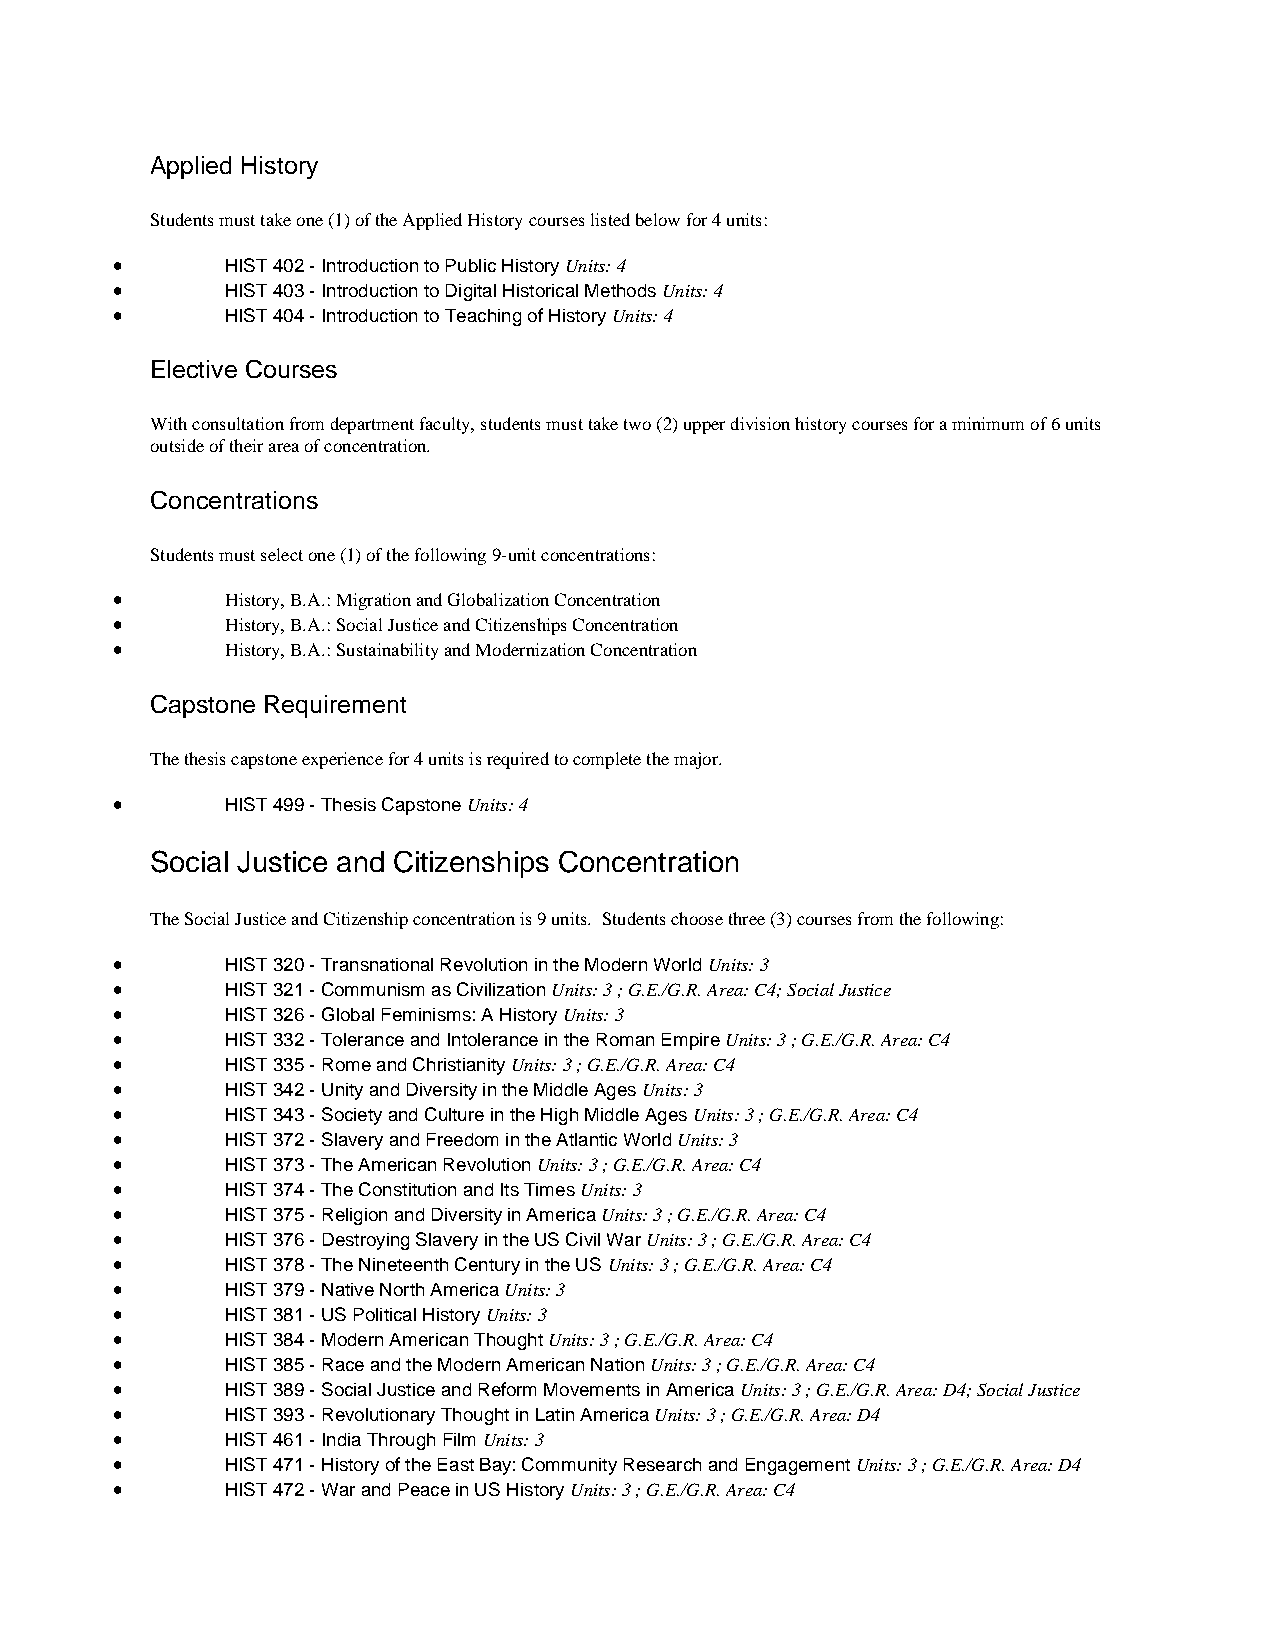
Applied History
 Students must take one (1) of the Applied History courses listed below for 4 units:
 •       HIST 402 - Introduction to Public History Units: 4
 •       HIST 403 - Introduction to Digital Historical Methods Units: 4
 •       HIST 404 - Introduction to Teaching of History Units: 4
 Elective Courses
 With consultation from department faculty, students must take two (2) upper division history courses for a minimum of 6 units
 outside of their area of concentration.
 Concentrations
 Students must select one (1) of the following 9-unit concentrations:
 •       History, B.A.: Migration and Globalization Concentration
 •       History, B.A.: Social Justice and Citizenships Concentration
 •       History, B.A.: Sustainability and Modernization Concentration
 Capstone Requirement
 The thesis capstone experience for 4 units is required to complete the major.
 •       HIST 499 - Thesis Capstone Units: 4
 Social Justice and Citizenships Concentration
 The Social Justice and Citizenship concentration is 9 units. Students choose three (3) courses from the following:
 •       HIST 320 - Transnational Revolution in the Modern World Units: 3
 •       HIST 321 - Communism as Civilization Units: 3 ; G.E./G.R. Area: C4; Social Justice
 •       HIST 326 - Global Feminisms: A History Units: 3
 •       HIST 332 - Tolerance and Intolerance in the Roman Empire Units: 3 ; G.E./G.R. Area: C4
 •       HIST 335 - Rome and Christianity Units: 3 ; G.E./G.R. Area: C4
 •       HIST 342 - Unity and Diversity in the Middle Ages Units: 3
 •       HIST 343 - Society and Culture in the High Middle Ages Units: 3 ; G.E./G.R. Area: C4
 •       HIST 372 - Slavery and Freedom in the Atlantic World Units: 3
 •       HIST 373 - The American Revolution Units: 3 ; G.E./G.R. Area: C4
 •       HIST 374 - The Constitution and Its Times Units: 3
 •       HIST 375 - Religion and Diversity in America Units: 3 ; G.E./G.R. Area: C4
 •       HIST 376 - Destroying Slavery in the US Civil War Units: 3 ; G.E./G.R. Area: C4
 •       HIST 378 - The Nineteenth Century in the US Units: 3 ; G.E./G.R. Area: C4
 •       HIST 379 - Native North America Units: 3
 •       HIST 381 - US Political History Units: 3
 •       HIST 384 - Modern American Thought Units: 3 ; G.E./G.R. Area: C4
 •       HIST 385 - Race and the Modern American Nation Units: 3 ; G.E./G.R. Area: C4
 •       HIST 389 - Social Justice and Reform Movements in America Units: 3 ; G.E./G.R. Area: D4; Social Justice
 •       HIST 393 - Revolutionary Thought in Latin America Units: 3 ; G.E./G.R. Area: D4
 •       HIST 461 - India Through Film Units: 3
 •       HIST 471 - History of the East Bay: Community Research and Engagement Units: 3 ; G.E./G.R. Area: D4
 •       HIST 472 - War and Peace in US History Units: 3 ; G.E./G.R. Area: C4